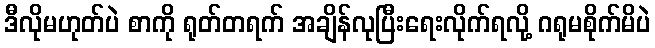
ဒီလိုမဟုတ်ပဲ စာကို ရုတ်တရက် အချိန်လုပြီးရေးလိုက်ရလို့ ဂရုမစိုက်မိပဲ